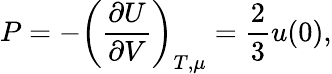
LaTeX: P=-\left({\frac{\partial U}{\partial V}}\right)_{T,\mu}={\frac{2}{3}}u(0),